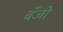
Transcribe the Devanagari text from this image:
बॅँजो